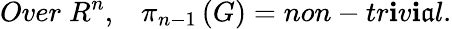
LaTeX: Over\; R^{n},\; \; \; \pi_{n-1}\left(G\right)=non-tr\mathbf{i}v\mathbf{i}\mathfrak{a}l.